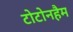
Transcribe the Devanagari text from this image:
टोटोनहैम